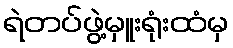
ရဲတပ်ဖွဲ့မှူးရုံးထံမှ